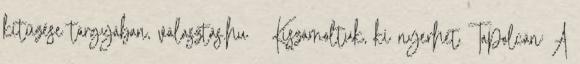
kitűzése tárgyában, választás.hu ↑ Kiszámoltuk, ki nyerhet Tapolcán: A